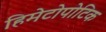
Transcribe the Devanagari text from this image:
हिमेटोपोटिक